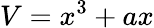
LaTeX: V=x^{3}+ax